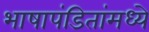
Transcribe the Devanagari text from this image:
भाषापंडितांमध्ये